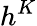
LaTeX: h^{K}